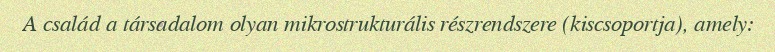
A család a társadalom olyan mikrostrukturális részrendszere (kiscsoportja), amely: